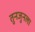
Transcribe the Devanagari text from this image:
तुनजुनला